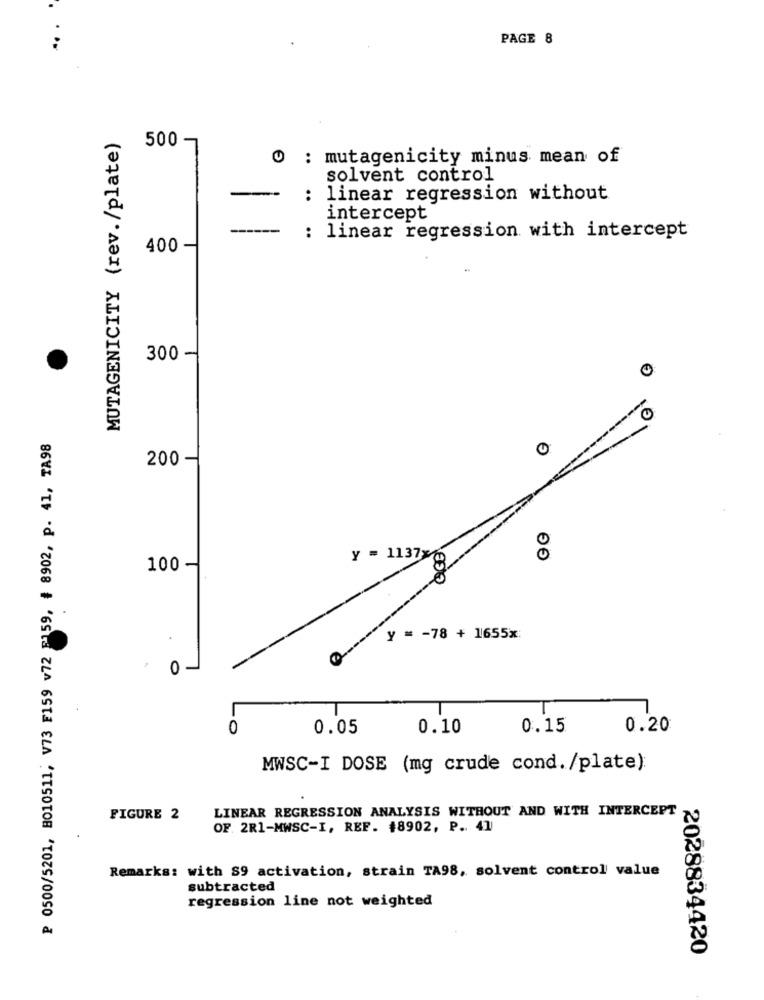
PAGE 8
MUTAGENICITY (rev./plate)
500 -
O : mutagenicity minus mean of
solvent control
: linear regression without
intercept
: linear regression with intercept
400 -
300 -
0
₱ 0500/5201, B010511; V73 F159 v72 F159, # 8902, p. 41, TA98
200
GG
y = 1137x
100 -
.
Y = - 78 + 1655x:
2
0
0
0.05
0.10
0.15
0.20
MWSC-I DOSE (mg crude cond./plate):
LINEAR REGRESSION ANALYSIS WITHOUT AND WITH INTERCEPT
FIGURE 2
OF. 2R1-MWSC-I, REF. #8902, P. 41
Remarks: with S9 activation, strain TA98, solvent control value
subtracted
regression line not weighted
2028834420